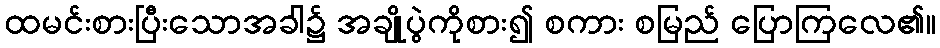
ထမင်းစားပြီးသောအခါ၌ အချိုပွဲကိုစား၍ စကား စမြည် ပြောကြလေ၏။